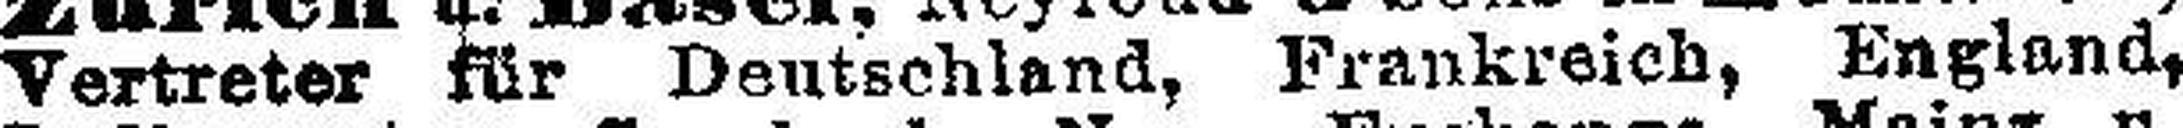
Vertreter für Deutschland, Frankreich, England,